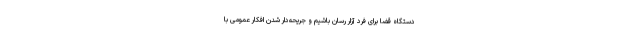
دستگاه قضا برای فرد آزار رسان باشیم و جریحه‌دار شدن افکار عمومی با